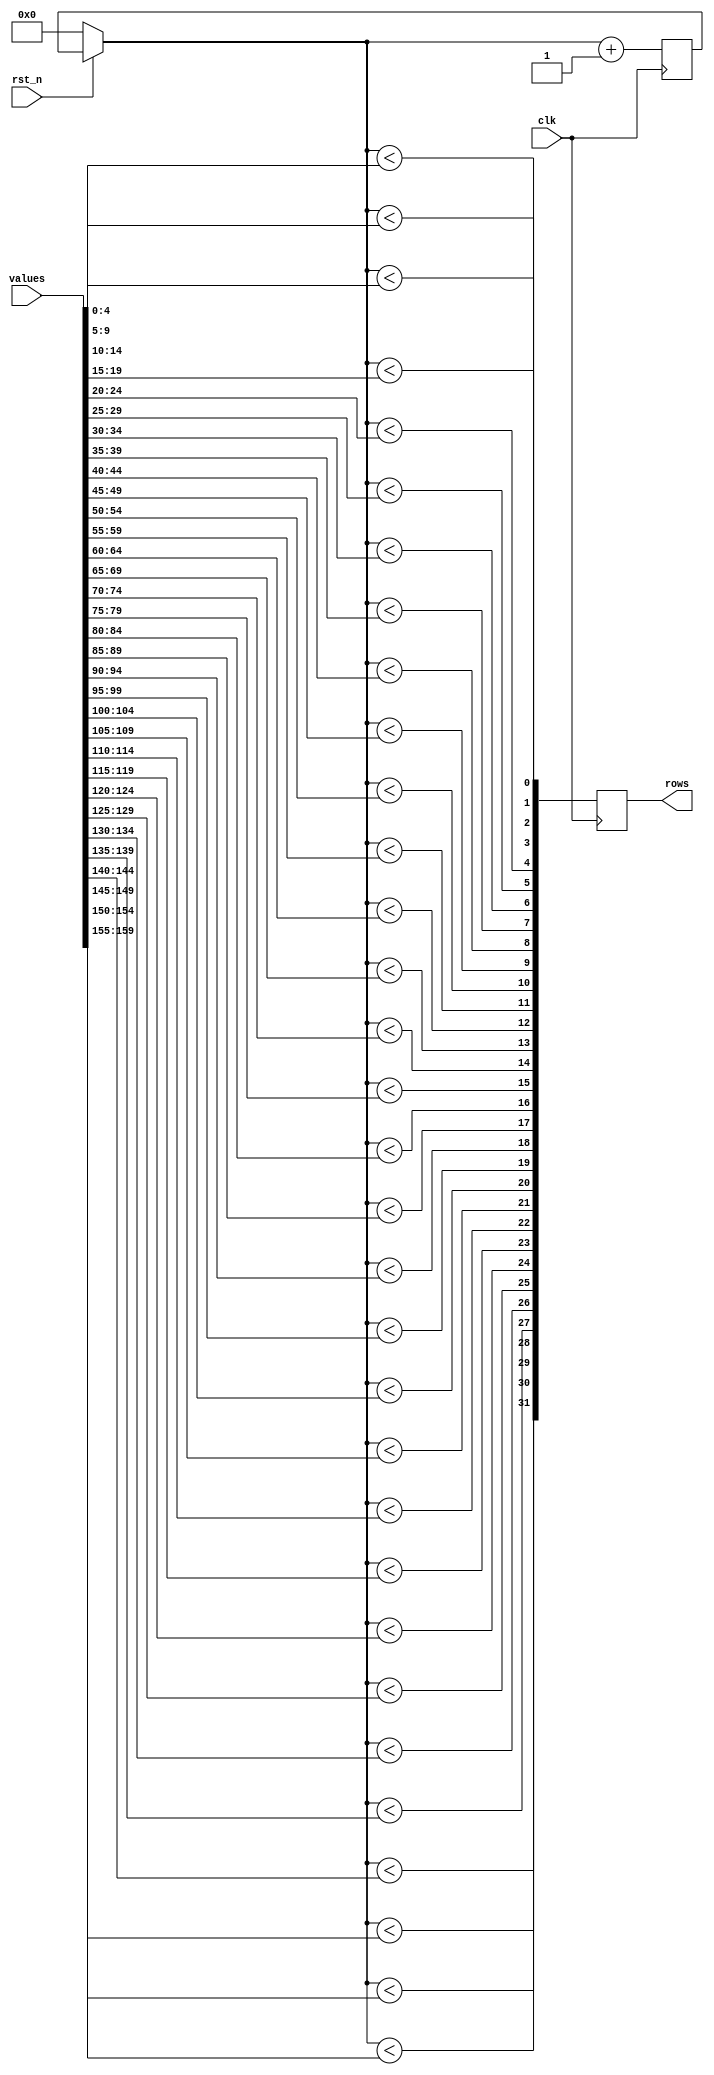
// The shader asserts row lines for a length of time that is proportional
// to the intensity value stored in the values vector.
// Synchronous active low reset.
module shader(input clk,
              input              rst_n,
              input [(32*5-1):0] values,
              output reg [31:0]  rows
              );
   
   reg [4:0]                     n;
   
   always @(posedge clk) begin
      if (!rst_n)
        n = 0;

      // icarus verilog doesn't implement the generate statement.
`define pulse(i) rows[i] = n < values[4+(5*i):(5*i)]

      `pulse(0);
      `pulse(1);
      `pulse(2);
      `pulse(3);
      `pulse(4);
      `pulse(5);
      `pulse(6);
      `pulse(7);
      `pulse(8);
      `pulse(9);
      `pulse(10);
      `pulse(11);
      `pulse(12);
      `pulse(13);
      `pulse(14);
      `pulse(15);
      `pulse(16);
      `pulse(17);
      `pulse(18);
      `pulse(19);
      `pulse(20);
      `pulse(21);
      `pulse(22);
      `pulse(23);
      `pulse(24);
      `pulse(25);
      `pulse(26);
      `pulse(27);
      `pulse(28);
      `pulse(29);
      `pulse(30);
      `pulse(31);

      n = n+1;
   end
   
endmodule // line